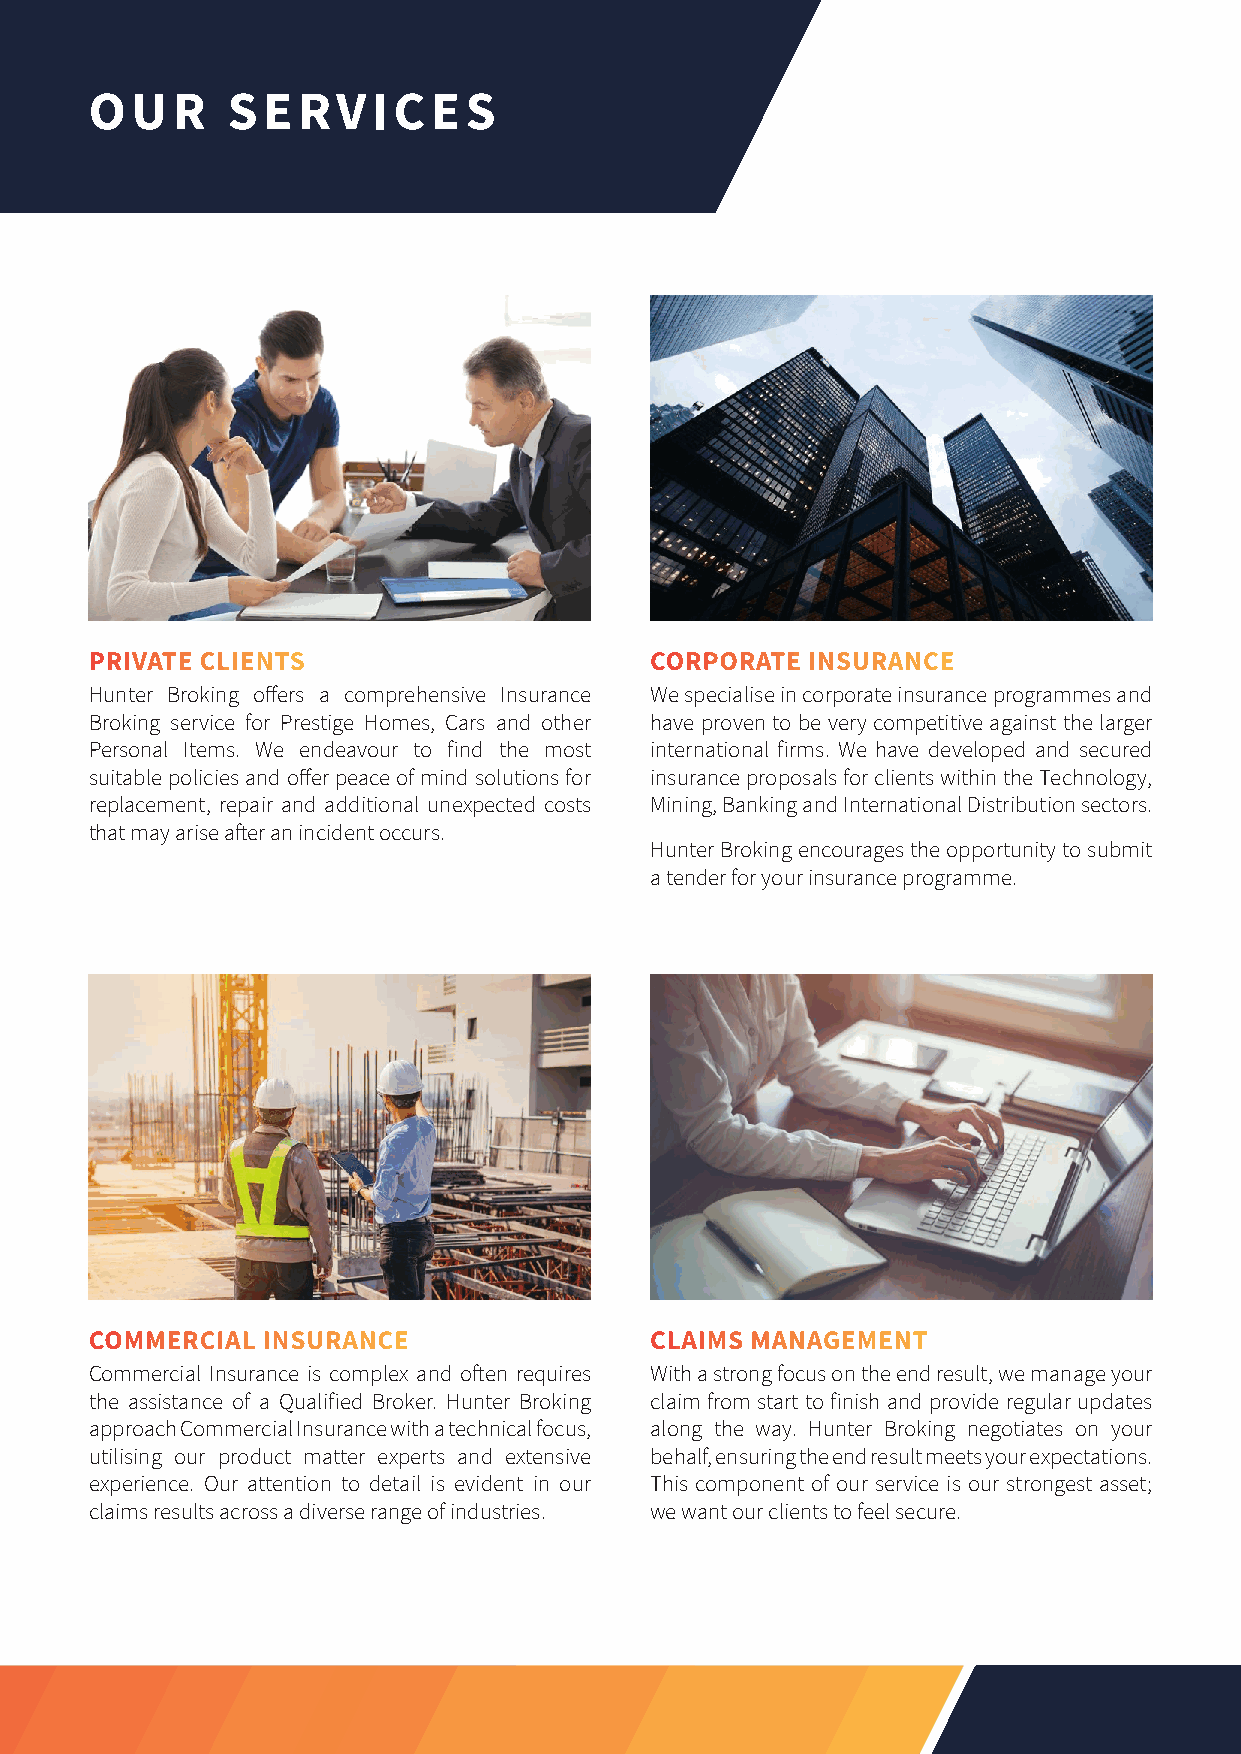
OUR      SERVICES
 PRIVATE CLIENTS                      CORPORATE INSURANCE
 Hunter Broking offers a comprehensive Insurance We specialise in corporate insurance programmes and
 Broking service for Prestige Homes, Cars and other have proven to be very competitive against the larger
 Personal Items. We endeavour to find the most international firms. We have developed and secured
 suitable policies and offer peace of mind solutions for insurance proposals for clients within the Technology,
 replacement, repair and additional unexpected costs Mining, Banking and International Distribution sectors.
 that may arise after an incident occurs.
 Hunter Broking encourages the opportunity to submit
 a tender for your insurance programme.
 COMMERCIAL INSURANCE                 CLAIMS MANAGEMENT
 Commercial Insurance is complex and often requires With a strong focus on the end result, we manage your
 the assistance of a Qualified Broker. Hunter Broking claim from start to finish and provide regular updates
 approach Commercial Insurance with a technical focus, along the way. Hunter Broking negotiates on your
 utilising our product matter experts and extensive behalf, ensuring the end result meets your expectations.
 experience. Our attention to detail is evident in our This component of our service is our strongest asset;
 claims results across a diverse range of industries. we want our clients to feel secure.